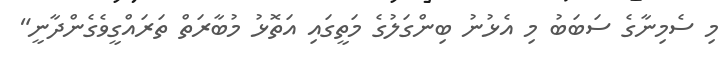
މި ސެމިނާގެ ސަބަބު މި އެޅުނު ބިންގަލުގެ މަތީގައި އަތޮޅު މުބާރަތް ތަރައްގީވެގެންދާނީ"